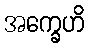
အက္ခေဟိ